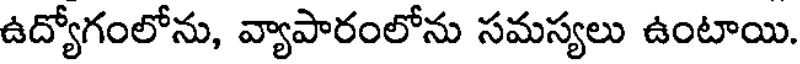
ఉద్యోగంలోను, వ్యాపారంలోను సమస్యలు ఉంటాయి.